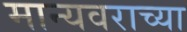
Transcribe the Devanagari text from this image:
मान्यवराच्या